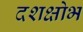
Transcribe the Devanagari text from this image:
दशक्षोभ